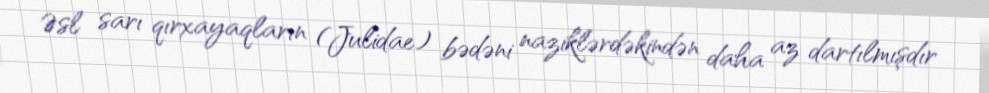
Əsl sarı qırxayaqların (Julidae) bədəni naziklərdəkindən daha az dartılmışdır